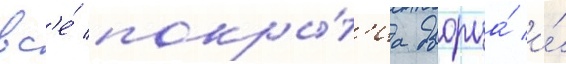
вс'е́ покры́т'иа дворца́ и́